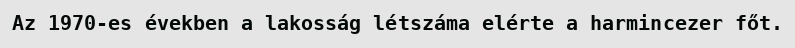
Az 1970-es években a lakosság létszáma elérte a harmincezer főt.